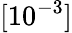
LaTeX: [10^{-3}]